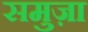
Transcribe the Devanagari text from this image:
समुज़ा